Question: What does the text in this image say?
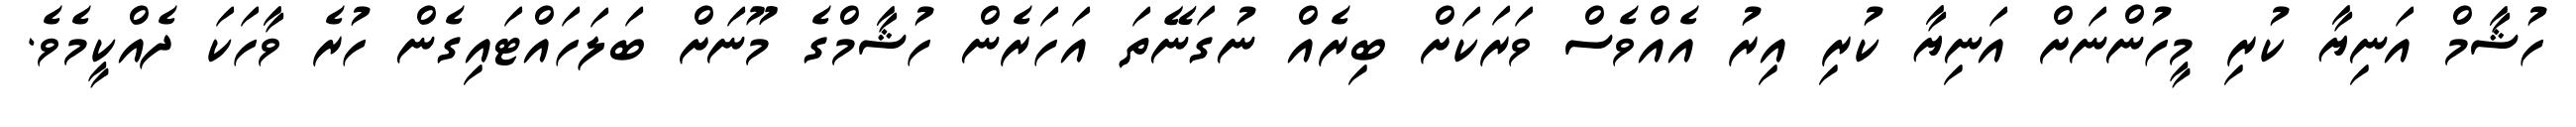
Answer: ހުޝާމް އަނިޔާ ކުރި މީހުންނަށް އަނިޔާ ކުރި އިރު އެއްވެސް ވަރަކަށް ބިރެއް ނުގަނޭތަ އަހަރެން ހުޝާމްގެ މޫނަށް ބަލަހައްޓައިގެން ހުރެ ވާހަކަ ދެއްކީމެވެ.